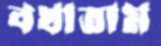
বখাতাম